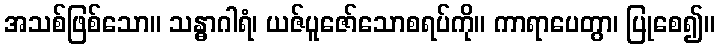
အသစ်ဖြစ်သော။ သန္ဓာဂါရံ၊ ယဇ်ပူဇော်သောစရပ်ကို။ ကာရာပေတွာ၊ ပြုစေ၍။